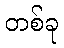
တစ်ခု